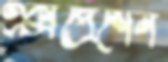
এক্সপ্রেশেন